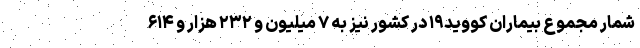
شمار مجموع بیماران کووید۱۹ در کشور نیز به ۷ میلیون و ۲۳۲ هزار و ۶۱۴